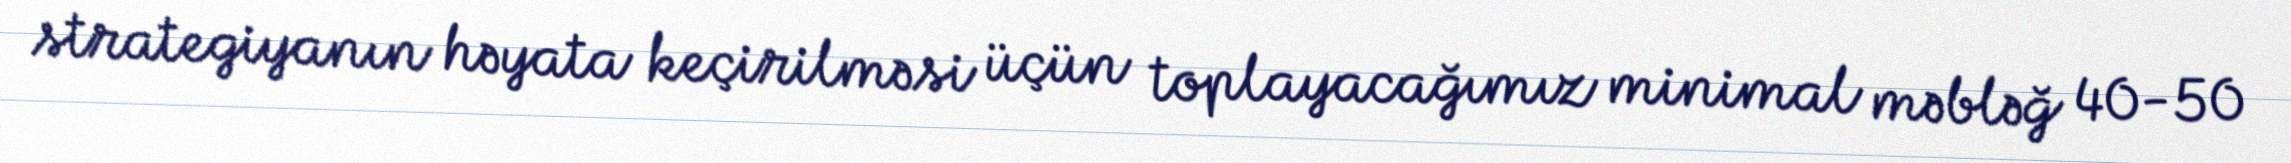
strategiyanın həyata keçirilməsi üçün toplayacağımız minimal məbləğ 40-50